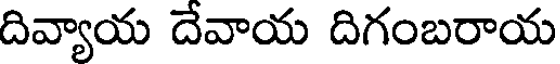
దివ్యాయ దేవాయ దిగంబరాయ